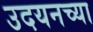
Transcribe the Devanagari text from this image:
उदयनच्या